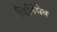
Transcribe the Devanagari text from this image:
निर्निमेष